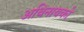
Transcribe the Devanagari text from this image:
अधिनायको